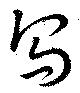
烏